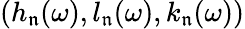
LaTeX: (h_{\mathfrak{n}}(\omega),l_{\mathfrak{n}}(\omega),k_{\mathfrak{n}}(\omega))